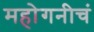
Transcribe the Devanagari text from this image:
महोगनीचं